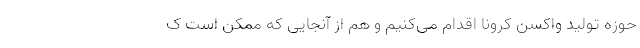
حوزه تولید واکسن کرونا اقدام می‌کنیم و هم از آنجایی که ممکن است ک